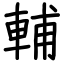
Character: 輔